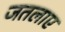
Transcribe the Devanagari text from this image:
जतलाए